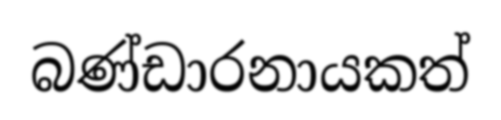
බණ්ඩාරනායකත්